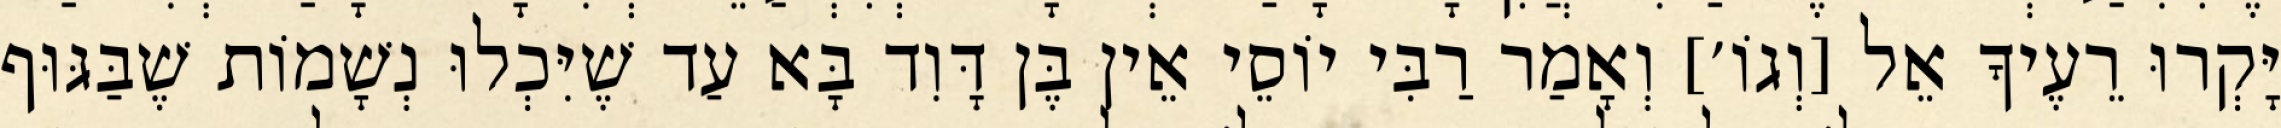
יָּקְרוּ רֵעֶיךָ אֵל [וְגוֹ׳] וְאָמַר רַבִּי יוֹסֵי אֵין בֶּן דָּוִד בָּא עַד שֶׁיִּכְלוּ נְשָׁמוֹת שֶׁבַּגּוּף